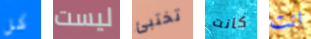
كل ليست تختبئ كانت انت